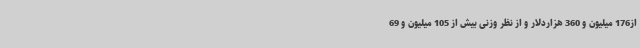
از176 میلیون و 360 هزاردلار و از نظر وزنی بیش از 105 میلیون و 69